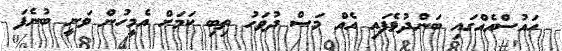
ހައުސްއެއްގައި ބަންދުވެފައި އެއް މަސް ދުވަހު ތިބި ކަމަށް އެމީހުން ވަނީ ބުނެފަ